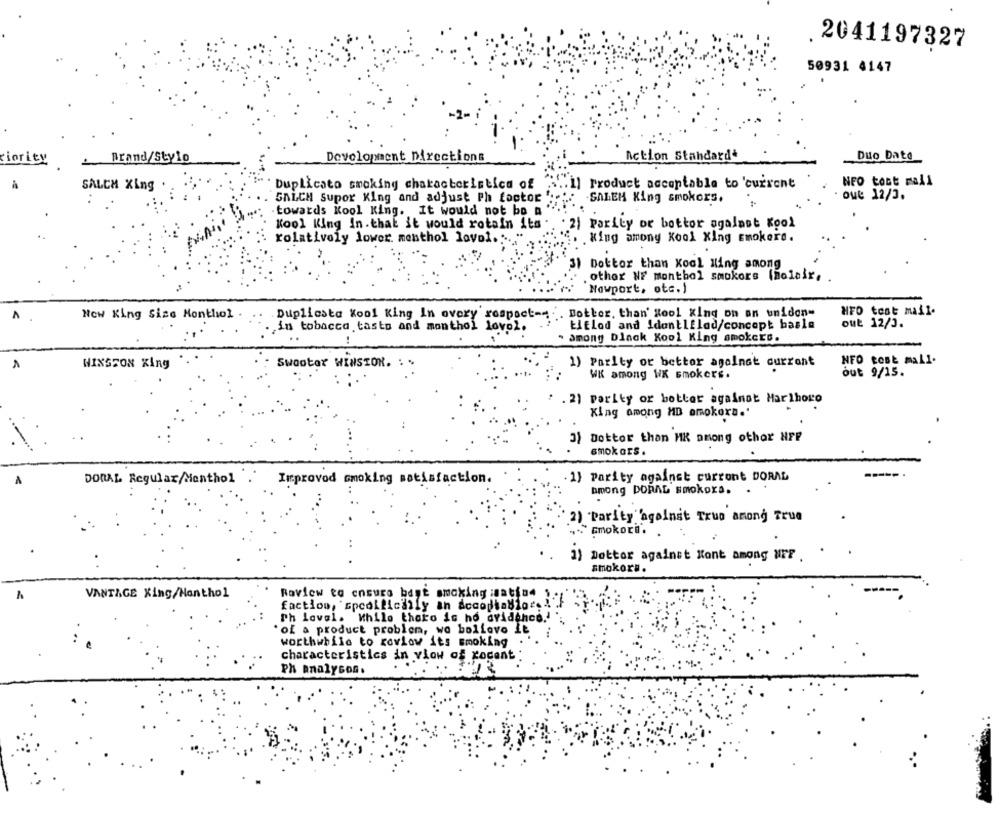
.2041197327
50931 4147
Action Standard
ciority
Brand/Stylo
Development Directions
Duo Date
SALCH Xing
Duplicato smoking characteristics of
Product acceptable to 'current
NFO tost mail
oue 12/3.
GALCH Supor King and adjust Ph factor
SALEM King smokors.
towards Kool King. It would not bo a
Kool King In.that it would rotain its
21 Parity or bottor agalast Kool
rolativoly lower menthol lovol ...
King amony Kool Xing smokers.
3) Dottor than Koal Iting among
other NF monthol smokors (nolair. .
Nowport, otc. )
Now King Size Monthiol
.Duplicsta Kool King In every respect --
Dottor, than' Rool Kind oh on unidon-
HFO test mail.
biflod and Idontlflad/concept basla
out 12/3.
.in tobacco tasto and monthol lovel.
..
" among black Kool King smokers.
WINSSON King
Swootor WINSTON. . ..
1) Parity or bettor against currant
NFO CODE mall.
out 9/15.
WK among WK smokers .
. 2) Parity or better against Marlboro
King among MD emokora.'
3) Dottor than MK among othor NPP
smokarS .
DORAL Regular/Menthol
Improved smoking satisfaction.
1} Parity against current DORAL
among DORAL smokors. .
2) "Parity against True among True
Gmokord. .
1) Dottor against Kont among UFF
smokoru.
VANTAGE Xing/Monthol
Raview to ensure bant amcking watine
faction, "Epcollically an accodiablo .. ! '.
Th lovel. While theko is ho avidence.'
'of a product problem, wo boliove It
worthwhile to rowlow its smoking
characteristics in viow of xocent
Ph analysoG.